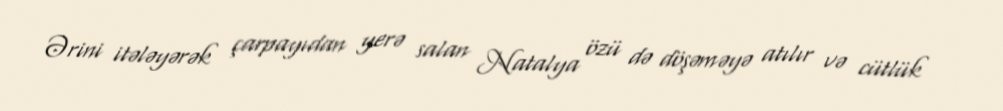
Ərini itələyərək çarpayıdan yerə salan Natalya özü də döşəməyə atılır və cütlük